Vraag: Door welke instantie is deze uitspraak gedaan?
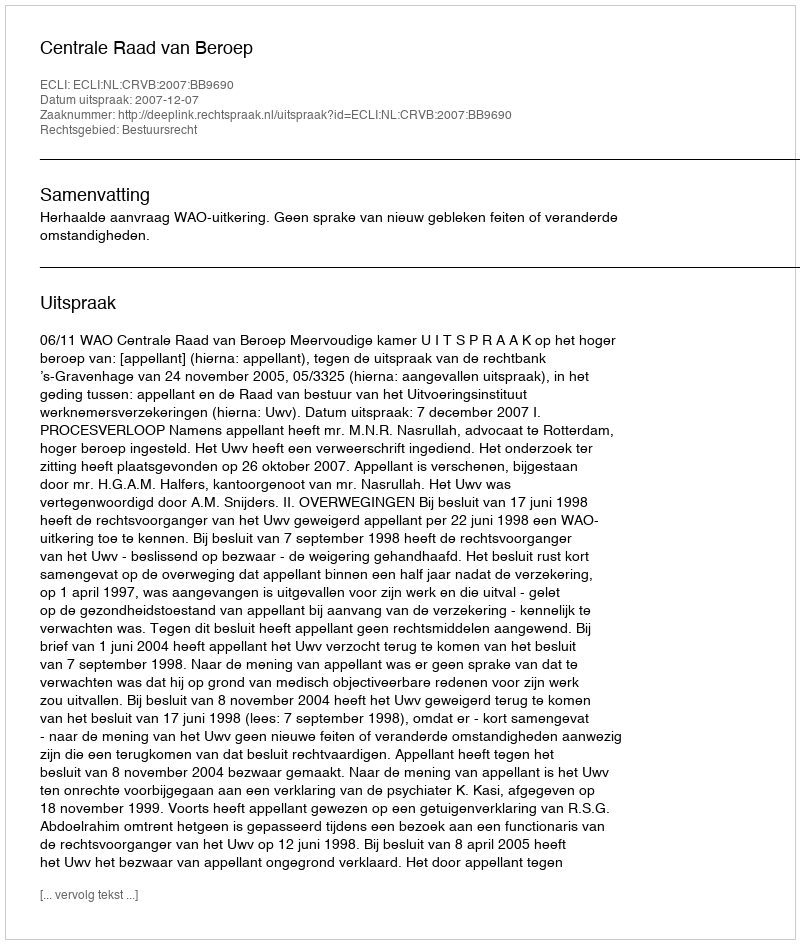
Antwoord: Centrale Raad van Beroep